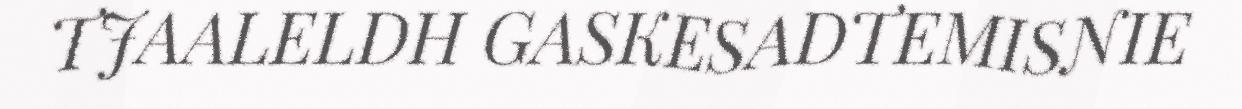
TJAALELDH GASKESADTEMISNIE